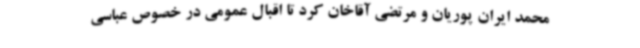
محمد ایران پوریان و مرتضی آقاخان کرد تا اقبال عمومی در خصوص عباسی